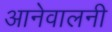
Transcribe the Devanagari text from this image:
आनेवालनी